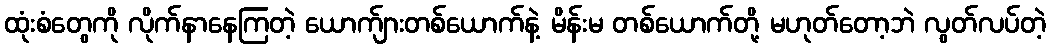
ထုံးစံတွေကို လိုက်နာနေကြတဲ့ ယောက်ျားတစ်ယောက်နဲ့ မိန်းမ တစ်ယောက်တို့ မဟုတ်တော့ဘဲ လွတ်လပ်တဲ့